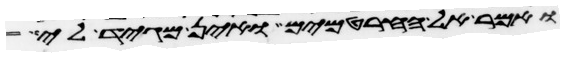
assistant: ואמר אל החרטמים ואין מגיד לי